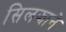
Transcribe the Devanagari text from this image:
सिलझाने